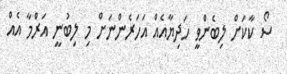
ސޯ ކާކަށް ލިބެންވީ ހަދިޔާއެއް އަހަރެންނަށް މި ލިބުނީ އަރްމާ އެއް